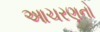
આચરણનો